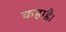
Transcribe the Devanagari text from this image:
कहाहै।